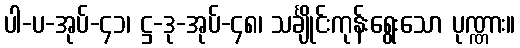
ပါ-ပ-အုပ်-၄၁၊ ဋ္ဌ-ဒု-အုပ်-၄၈၊ သင်္ချိုင်းကုန်းရွေးသော ပုဏ္ဏား။